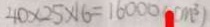
4 0 \times 2 5 \times 1 6 = 1 6 0 0 0 ( c m ^ { 3 } )